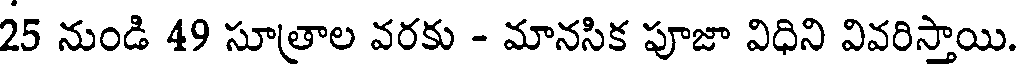
25 నుండి 49 సూత్రాల వరకు - మానసిక పూజా విధిని వివరిసాయి.